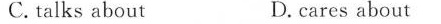
C. talks about D.cares about